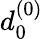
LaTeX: d_{0}^{(0)}